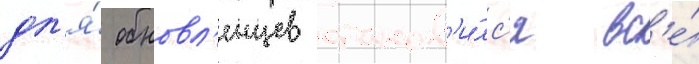
дл'я́ обновл'енцев станов'и́лс'я вс'е́